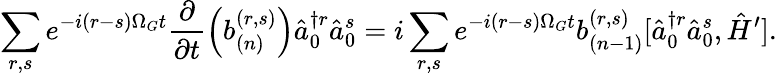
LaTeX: \sum_{r,s}e^{-i(r-s)\Omega_{G}t}\frac{\partial}{\partial t}\Bigl(b_{(n)}^{(r,s)}\Bigr)\hat{a}_{0}^{\dagger r}\hat{a}_{0}^{s}=i\sum_{r,s}e^{-i(r-s)\Omega_{G}t}b_{(n-1)}^{(r,s)}[\hat{a}_{0}^{\dagger r}\hat{a}_{0}^{s},\hat{H}^{\prime}].